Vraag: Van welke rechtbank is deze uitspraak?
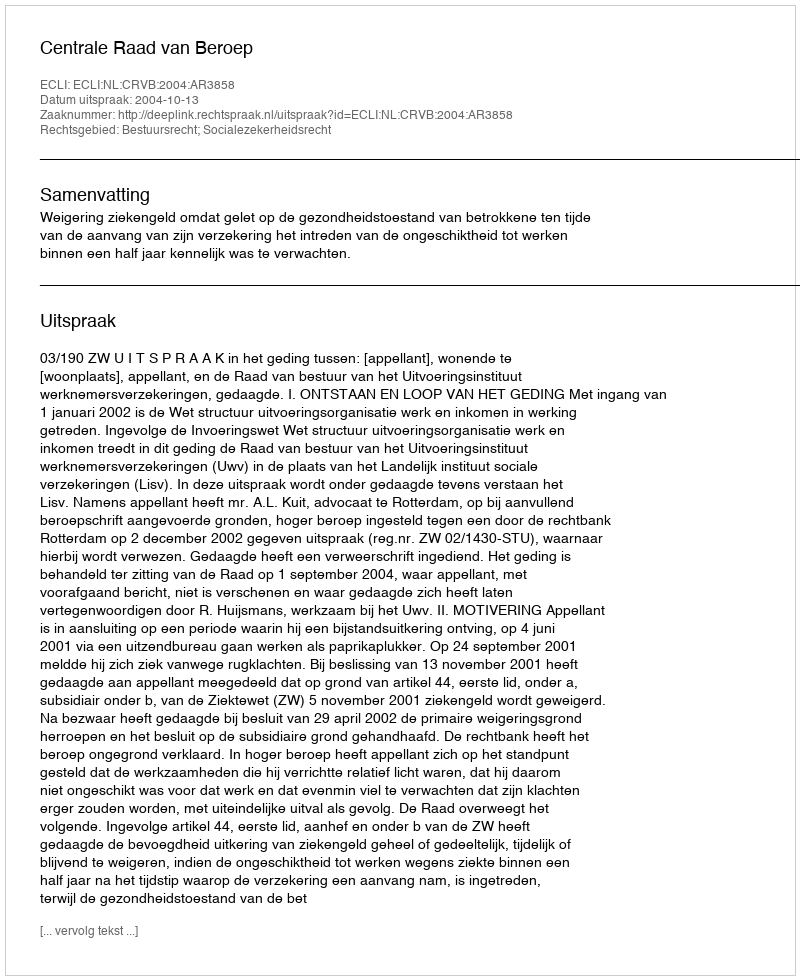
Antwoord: Centrale Raad van Beroep